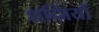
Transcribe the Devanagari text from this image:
शब्जियों